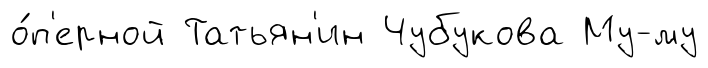
о́п'ерной Татьян'ин Чубукова Му-му